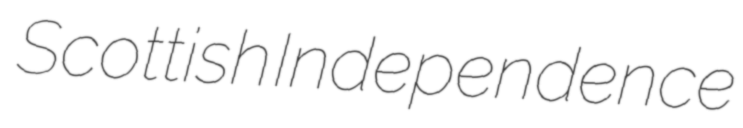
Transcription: Scottish Independence